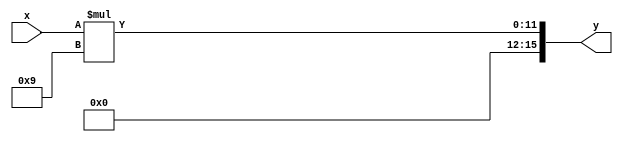
// This program was cloned from: https://github.com/FPGADude/Digital-Design
// License: GNU General Public License v3.0

// Multiply an 8-bit Celsius temperature by a constant of 9
// and output a 16-bit value
//
// Written by David Marion
`timescale 1ns / 1ps
module multiply_by_9(
    input [7:0] x,
    output reg [15:0] y
    );
    
    always @(*) begin
        y = x * 9;
    end
endmodule